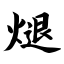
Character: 煺